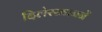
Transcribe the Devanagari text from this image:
दिलेरखाननें